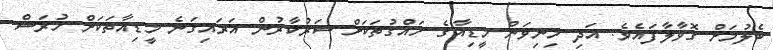
ބެލުމަށް ގޮވާލާފައެވެ. އަދި މިނިވަން މީޑިއާގެ ހައްގުތަކަށް ސަރުކާރުން އަރައިގަނެ މީޑިއާތަކަށް ހުރަސް